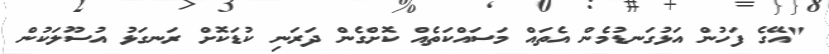
"އޭގެ ފަހުން އަޅުގަނޑުމެން އެތައް މަސައްކަތެއް ކޮށްގެން ދަރަނި ކުޑަކޮށް ރަނގަޅު އުސޫލަކުން